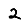
Digit: 2